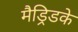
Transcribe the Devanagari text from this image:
मैड्रिडके